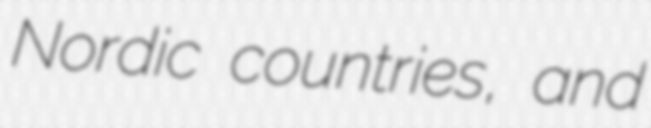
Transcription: Nordic countries, and